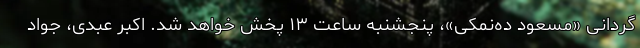
گردانی «مسعود ده‌نمکی»، پنجشنبه ساعت ۱۳ پخش خواهد شد. اکبر عبدی، جواد